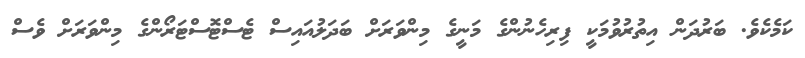
ކަމެކެވެ. ބަރުދަން އިތުރުވުމަކީ ފިރިހެނުންގެ މަނީގެ މިންވަރަށް ބަދަލުއައިސް ޓެސްޓޮސްޓަރޯންގެ މިންވަރަށް ވެސް